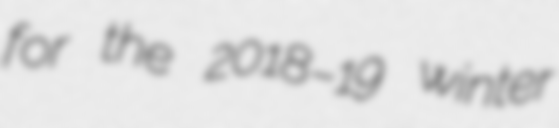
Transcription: for the 2018–19 winter